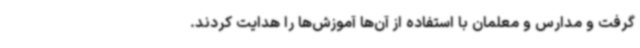
گرفت و مدارس و معلمان با استفاده از آن‌ها آموزش‌ها را هدایت کردند.